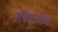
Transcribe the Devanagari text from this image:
इथियोपिआ